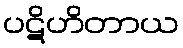
ပဋိဟိတာယ